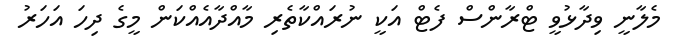
މެލާނީ ވިދާޅުވީ ޓްރާންސް ފެޓް އަކީ ނުރައްކާތެރި މާއްދާއެއްކަން މީގެ ދިހަ އަހަރު